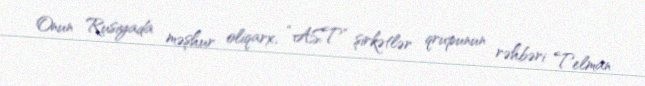
Onun Rusiyada məşhur oliqarx, “AST” şirkətlər qrupunun rəhbəri Telman